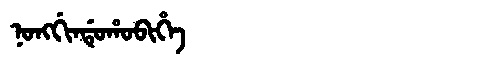
Manchu: ᠨᠣᠩᡤᡳᠨᡩᡠᡥᠣᠪᡳᡥᡝ
Romanization: NONGGINDUHOBIHE